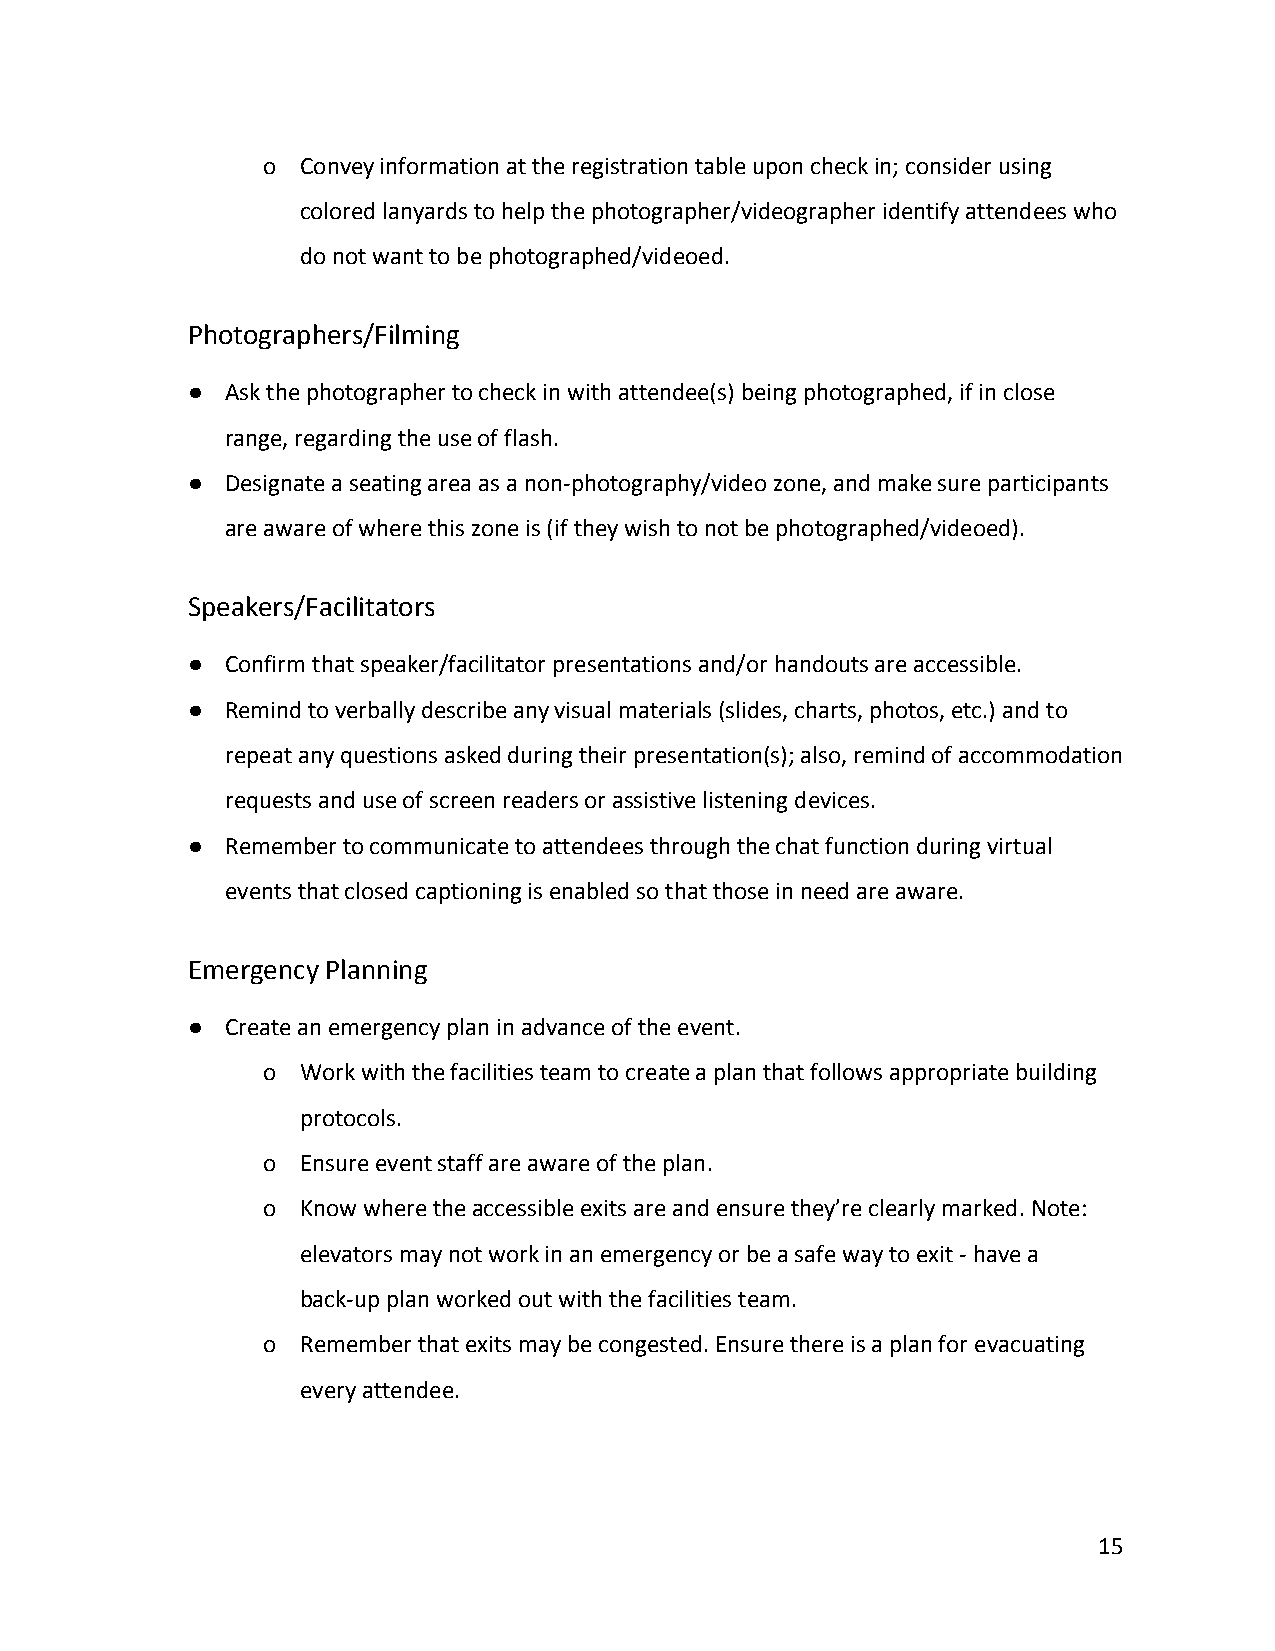
o  Convey information at the registration table upon check in; consider using
 colored lanyards to help the photographer/videographer identify attendees who
 do not want to be photographed/videoed.
 Photographers/Filming
 ●  Ask the photographer to check in with attendee(s) being photographed, if in close
 range, regarding the use of flash.
 ●  Designate a seating area as a non-photography/video zone, and make sure participants
 are aware of where this zone is (if they wish to not be photographed/videoed).
 Speakers/Facilitators
 ●  Confirm that speaker/facilitator presentations and/or handouts are accessible.
 ●  Remind to verbally describe any visual materials (slides, charts, photos, etc.) and to
 repeat any questions asked during their presentation(s); also, remind of accommodation
 requests and use of screen readers or assistive listening devices.
 ●  Remember to communicate to attendees through the chat function during virtual
 events that closed captioning is enabled so that those in need are aware.
 Emergency Planning
 ●  Create an emergency plan in advance of the event.
 o  Work with the facilities team to create a plan that follows appropriate building
 protocols.
 o  Ensure event staff are aware of the plan.
 o  Know where the accessible exits are and ensure they’re clearly marked. Note:
 elevators may not work in an emergency or be a safe way to exit - have a
 back-up plan worked out with the facilities team.
 o  Remember that exits may be congested. Ensure there is a plan for evacuating
 every attendee.
 15